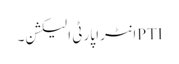
PTIانٹرا پارٹی الیکشن۔